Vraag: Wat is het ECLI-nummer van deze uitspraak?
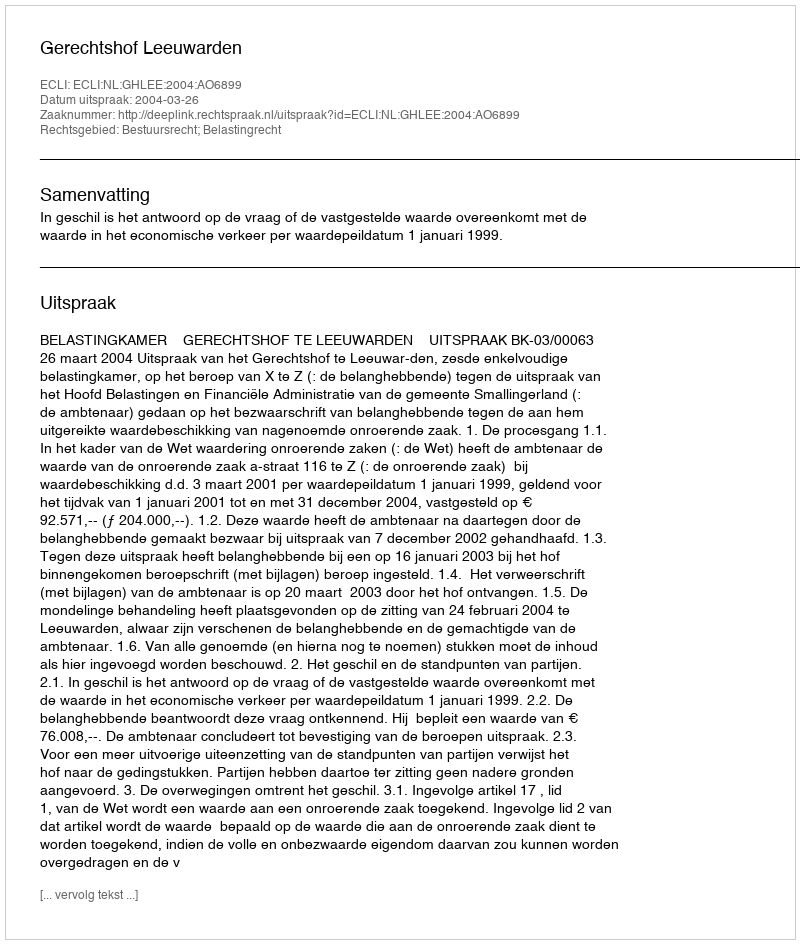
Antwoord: ECLI:NL:GHLEE:2004:AO6899